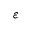
\varepsilon